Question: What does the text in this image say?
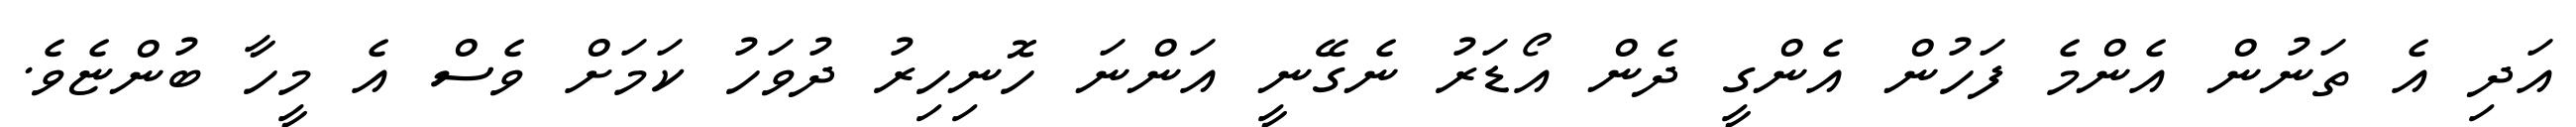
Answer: އަދި އެ ތަނުން އެންމެ ފަހުން އެންގީ ދެން އޯޑަރު ނެގޭނީ އަންނަ ހޮނިހިރު ދުވަހު ކަމަށް ވެސް އެ މީހާ ބުންޏެވެ.